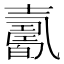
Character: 𡕋